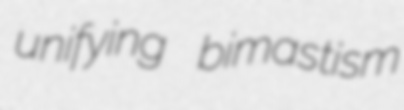
unifying bimastism